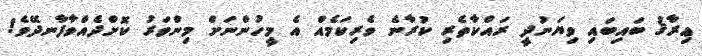
ޢިރާޤު ބައިބައި ވިޔަނުދީ ރައްކާތެރި ކުރާނެ ވެރިކަމެއް އެ މީހުންނަށް މިންވަރު ކޮށްދެއްވާފާނދޭވެ!